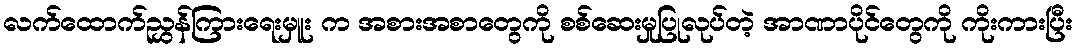
လက်ထောက်ညွှန်ကြားရေးမှူး က အစားအစာတွေကို စစ်ဆေးမှုပြုလုပ်တဲ့ အာဏာပိုင်တွေကို ကိုးကားပြီး